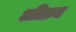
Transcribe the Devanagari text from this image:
अतिक्रम